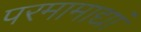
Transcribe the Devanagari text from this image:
परमामाद्यां